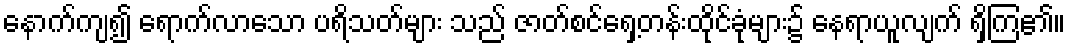
နောက်ကျ၍ ရောက်လာသော ပရိသတ်များ သည် ဇာတ်စင်ရှေ့တန်းထိုင်ခုံများ၌ နေရာယူလျက် ရှိကြ၏။